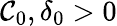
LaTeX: \mathcal{C}_{0},\delta_{0}>0